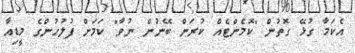
އެކަމާ ގުޅޭ ގޮތުން "ކޮމެންޓެއް ކުރަން ބޭނުން ނުވާ" ކަމަށް ފުލުހުންގެ މީޑިއާ